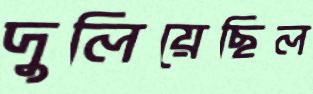
দুলিয়েছিল